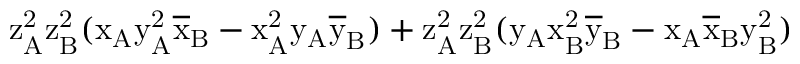
\mathrm { z _ { A } ^ { 2 } \mathrm { z _ { B } ^ { 2 } ( \mathrm { x _ { A } \mathrm { y _ { A } ^ { 2 } \mathrm { \overline { { x } } _ { B } - \mathrm { x _ { A } ^ { 2 } \mathrm { y _ { A } \mathrm { \overline { { y } } _ { B } ) + \mathrm { z _ { A } ^ { 2 } \mathrm { z _ { B } ^ { 2 } ( \mathrm { y _ { A } \mathrm { x _ { B } ^ { 2 } \mathrm { \overline { { y } } _ { B } - \mathrm { x _ { A } \mathrm { \overline { { x } } _ { B } \mathrm { y _ { B } ^ { 2 } ) } } } } } } } } } } } } } } } }